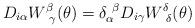
LaTeX: \begin{align*}D_{i\alpha}W^{\beta}_{~\gamma}(\theta)=\delta_{\alpha}^{~\beta}D_{i\gamma}W^{\delta}_{~\delta}(\theta)\end{align*}